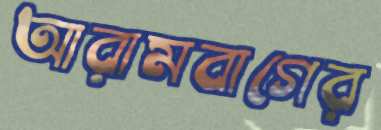
আরামবাগের